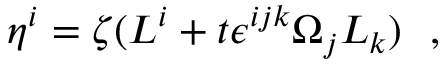
\eta ^ { i } = \zeta ( L ^ { i } + t \epsilon ^ { i j k } \Omega _ { j } L _ { k } ) \ \ ,